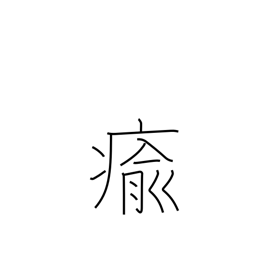
Meaning: get well